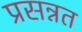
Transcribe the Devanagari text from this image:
प्रसन्नत